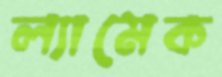
ল্যামেক